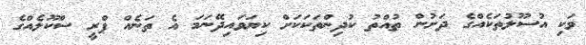
ވަކި އުސޫލުތަކެއްގެ ދަށުން ތުއްތު ކުދިންތަކަކަށް ކިޔަވައިދޭނަމަ އެ ތަނެއް ޕްރީ ސްކޫލެއްގެ